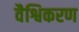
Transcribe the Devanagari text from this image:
वैश्विकरण